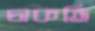
চাকতি